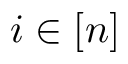
i \in [ n ]